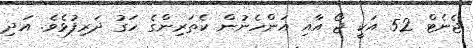
ޖެނެޓް 52 އަކީ ޖޯ އާއި އަންހެނުން ކެތަރިންގެ ހަގު ދަރިފުޅެވެ. އަދި